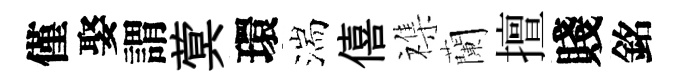
僅娶謂蓂環湍僖襍蘭擅賤銘